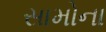
સામોના